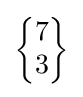
{\begin{Bmatrix}7\\3\end{Bmatrix}}